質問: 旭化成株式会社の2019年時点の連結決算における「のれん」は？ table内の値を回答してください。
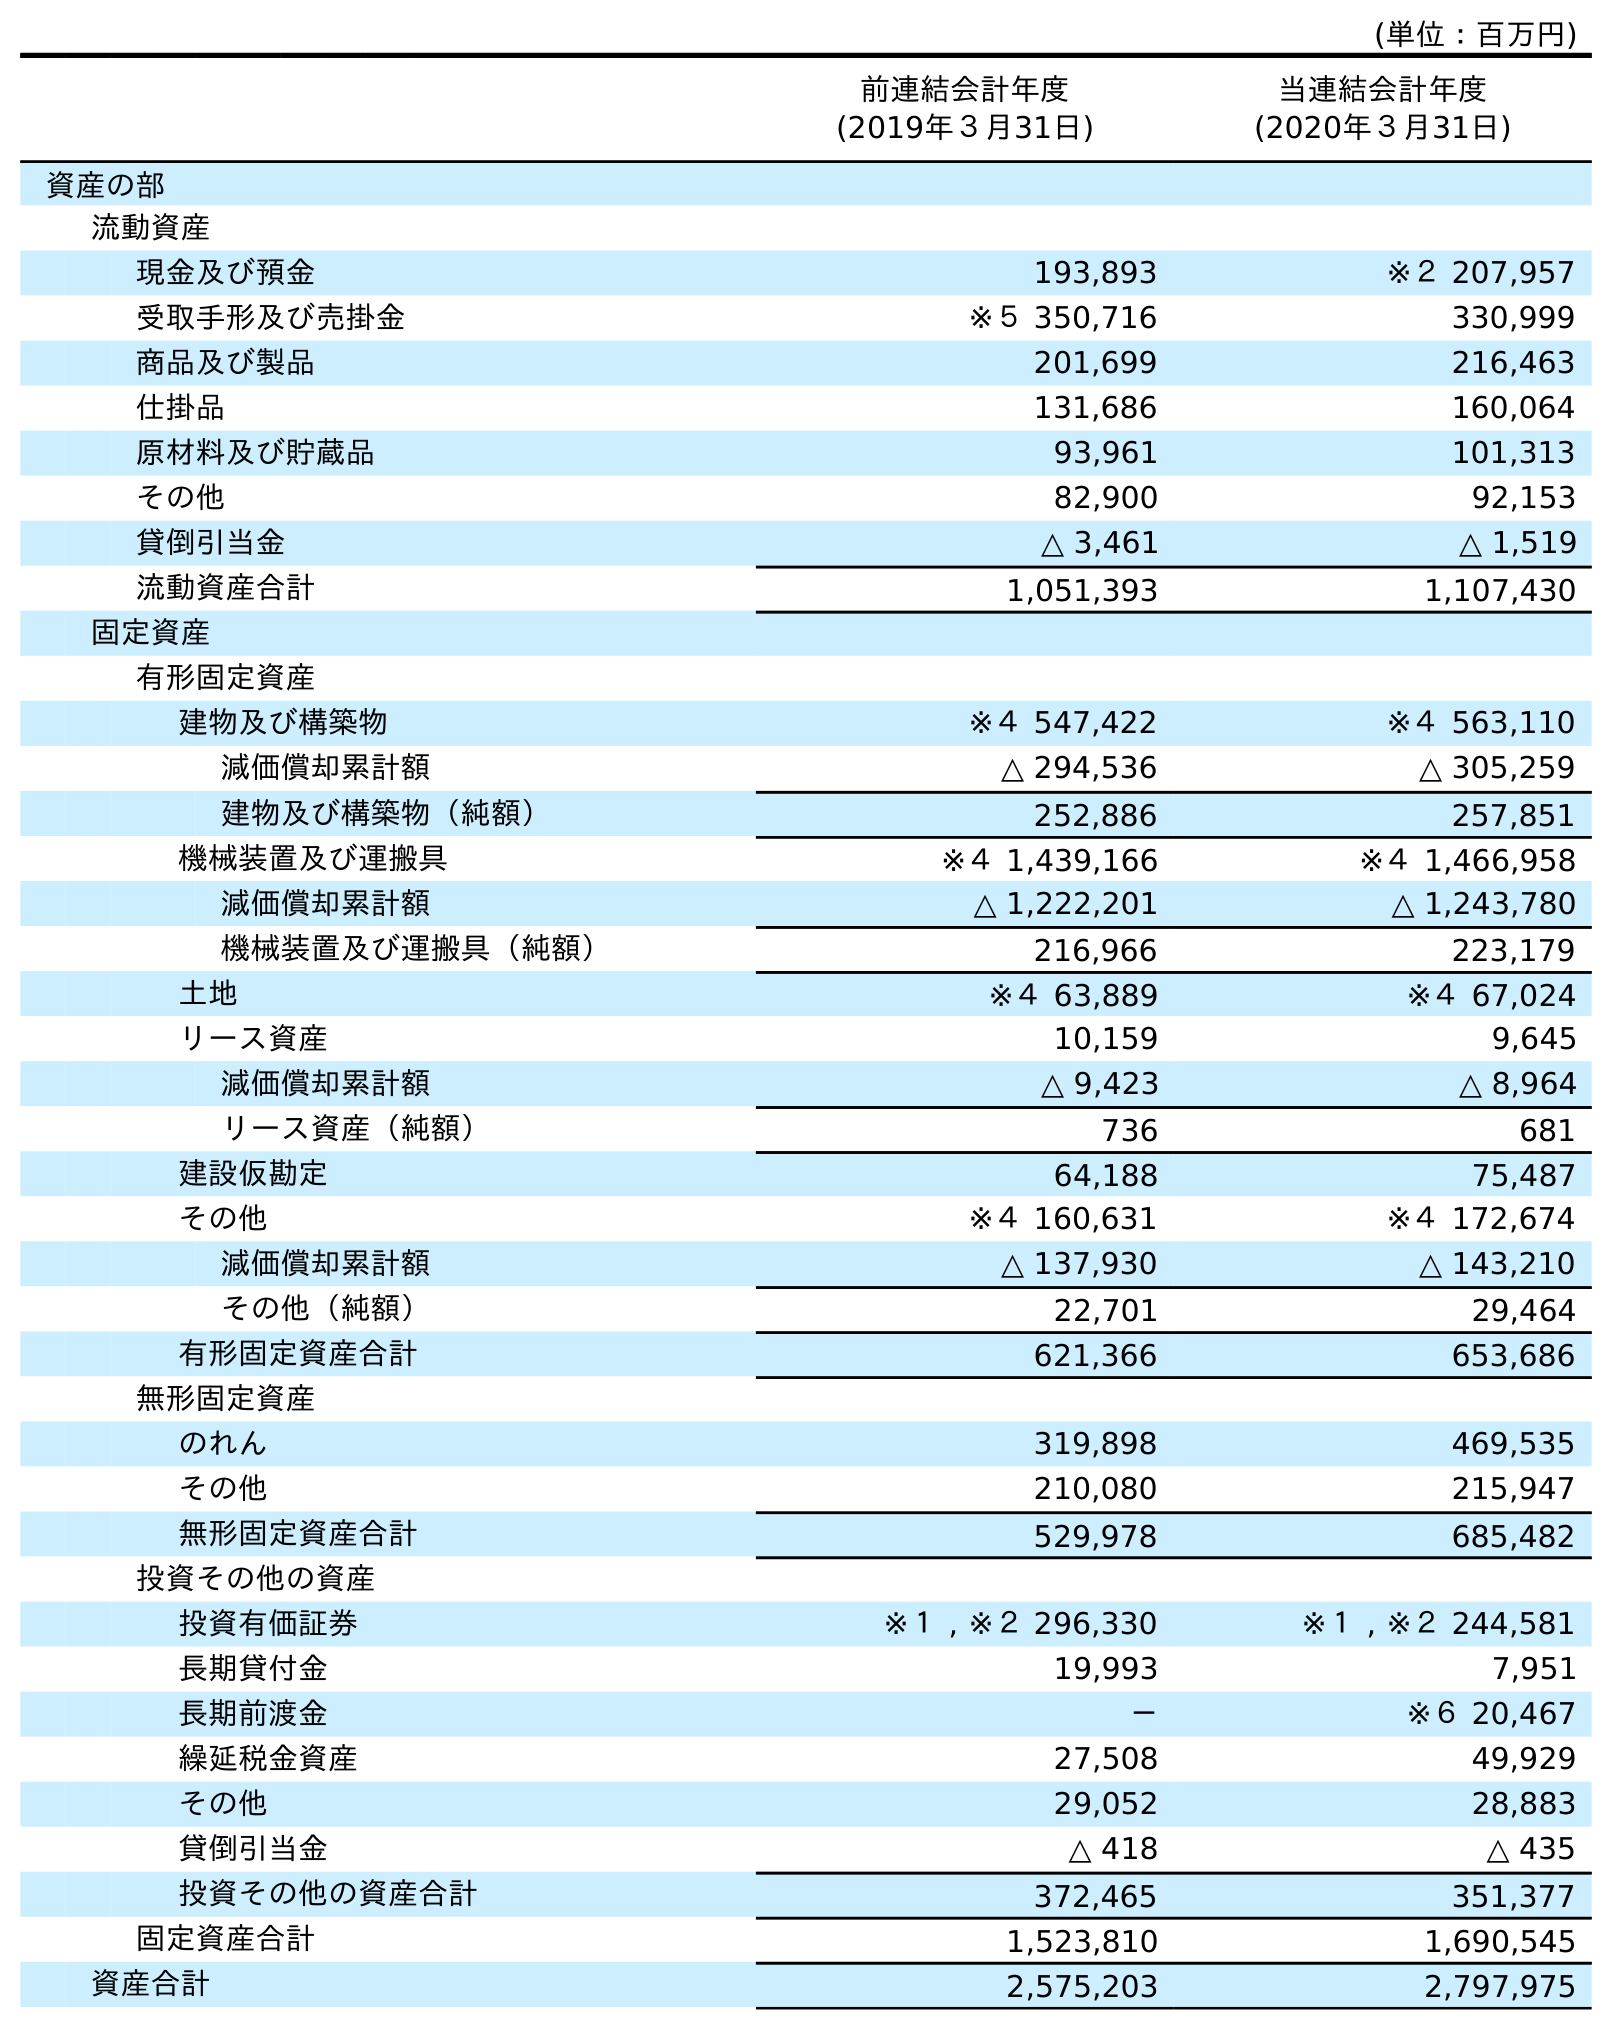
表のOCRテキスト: (単位：百万円) 前連結会計年度 (2019年３月31日) 当連結会計年度 (2020年３月31日) 資産の部 流動資産 現金及び預金 193,893 ※２ 207,957 受取手形及び売掛金 ※５ 350,716 330,999 商品及び製品 201,699 216,463 仕掛品 131,686 160,064 原材料及び貯蔵品 93,961 101,313 その他 82,900 92,153 貸倒引当金 △ 3,461 △ 1,519 流動資産合計 1,051,393 1,107,430 固定資産 有形固定資産 建物及び構築物 ※４ 547,422 ※４ 563,110 減価償却累計額 △ 294,536 △ 305,259 建物及び構築物（純額） 252,886 257,851 機械装置及び運搬具 ※４ 1,439,166 ※４ 1,466,958 減価償却累計額 △ 1,222,201 △ 1,243,780 機械装置及び運搬具（純額） 216,966 223,179 土地 ※４ 63,889 ※４ 67,024 リース資産 10,159 9,645 減価償却累計額 △ 9,423 △ 8,964 リース資産（純額） 736 681 建設仮勘定 64,188 75,487 その他 ※４ 160,631 ※４ 172,674 減価償却累計額 △ 137,930 △ 143,210 その他（純額） 22,701 29,464 有形固定資産合計 621,366 653,686 無形固定資産 のれん 319,898 469,535 その他 210,080 215,947 無形固定資産合計 529,978 685,482 投資その他の資産 投資有価証券 ※１ , ※２ 296,330 ※１ , ※２ 244,581 長期貸付金 19,993 7,951 長期前渡金 － ※６ 20,467 繰延税金資産 27,508 49,929 その他 29,052 28,883 貸倒引当金 △ 418 △ 435 投資その他の資産合計 372,465 351,377 固定資産合計 1,523,810 1,690,545 資産合計 2,575,203 2,797,975
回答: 319,898